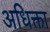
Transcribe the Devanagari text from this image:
अधिक्ता